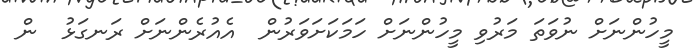
މީހުންނަށް ނުވަތަ މަރުވި މީހުންނަށް ހަމަކަށަވަރުން  އެއުރެންނަށް ރަނގަޅު  ން